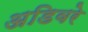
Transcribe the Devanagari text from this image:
अडिवरे